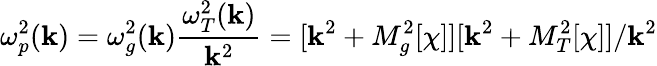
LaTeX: \omega_{p}^{2}(\mathbf{k})=\omega_{g}^{2}(\mathbf{k})\frac{{\omega_{T}^{2}(\mathbf{k})}}{{\mathbf{k}^{2}}}=[\mathbf{k}^{2}+M_{g}^{2}[\chi]][\mathbf{k}^{2}+M_{T}^{2}[\chi]]/\mathbf{k}^{2}